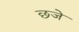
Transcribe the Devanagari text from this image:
छजे